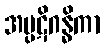
အပ္ပဋိဂန္ဓိကာ